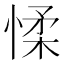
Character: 𢜸